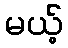
မယ့်